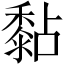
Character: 黏